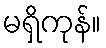
မရှိကုန်။